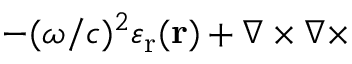
- ( \omega / c ) ^ { 2 } \varepsilon _ { \mathrm { { r } } } ( { \bf { r } } ) + \nabla \times \nabla \times